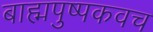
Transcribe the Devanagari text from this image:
बाह्मपुष्पकवच